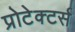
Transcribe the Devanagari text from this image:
प्रोटेक्टर्स